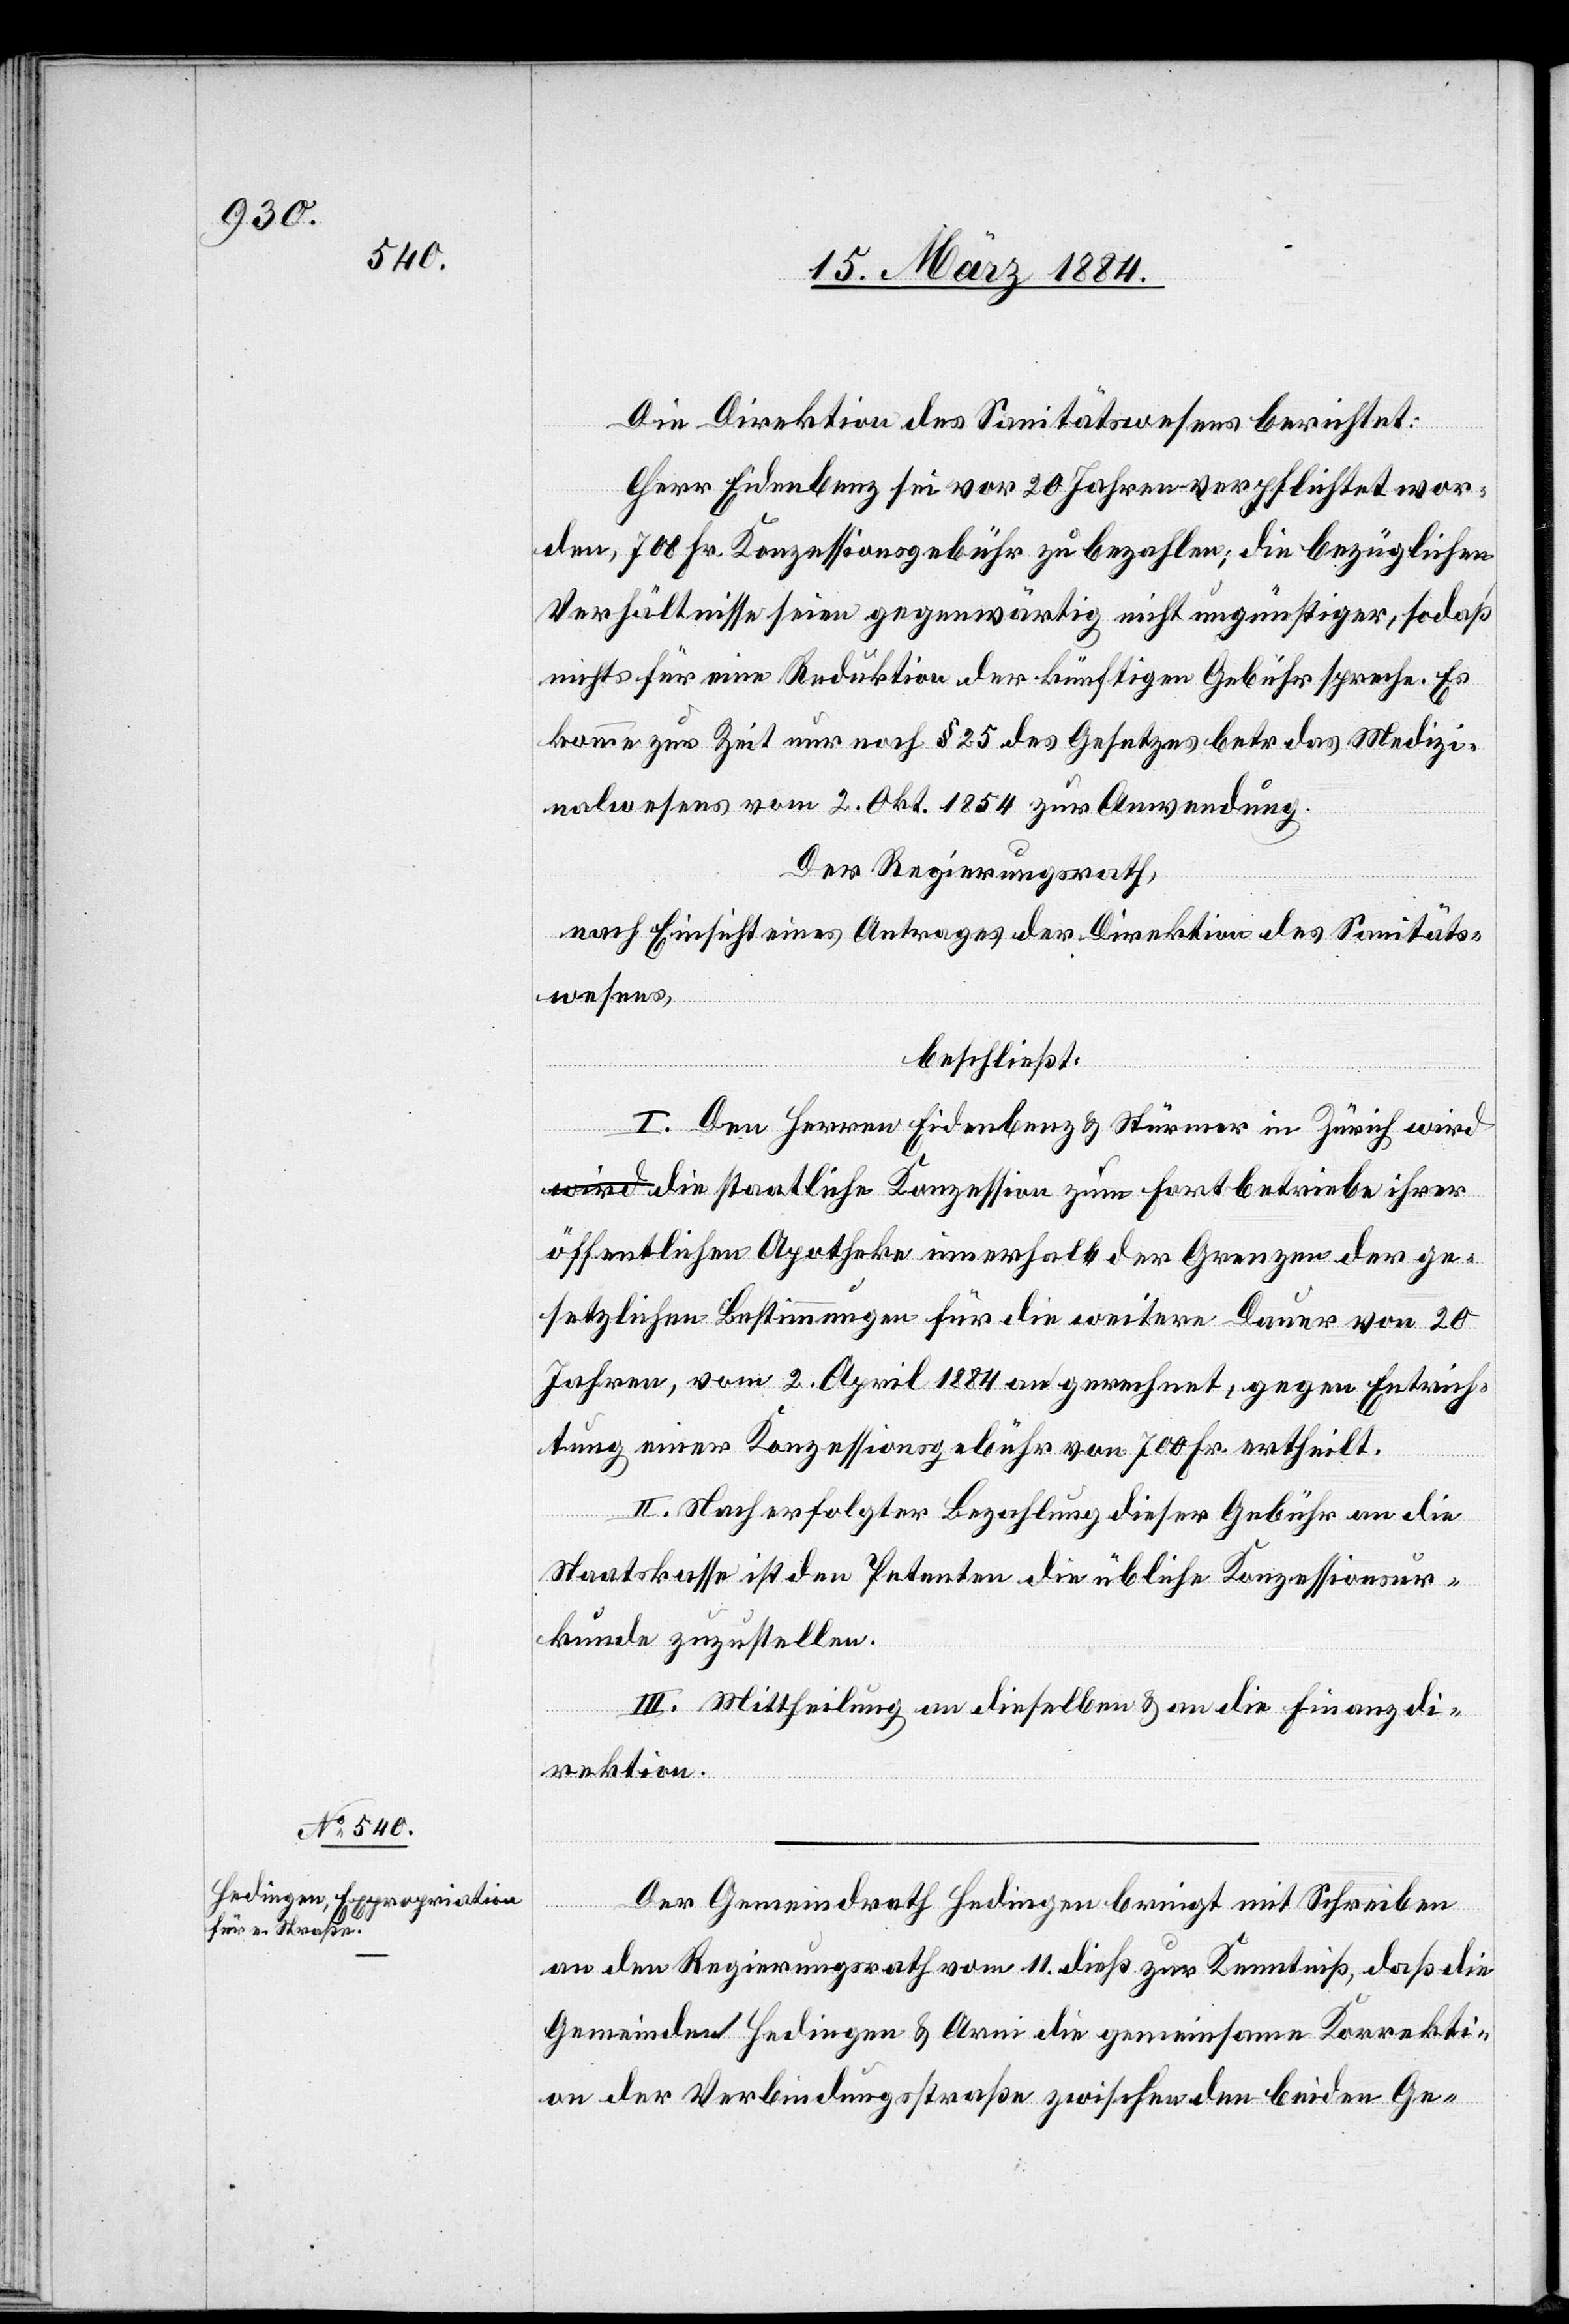
Die Direktion des Sanitätswesens berichtet:
Herr Eidenbenz sei vor 20 Jahren verpflichtet wor¬
den, 700 Fr. Konzessionsgebühr zu bezahlen; die bezüglichen
Verhältnisse seien gegenwärtig nicht ungünstiger, sodaß
nichts für eine Reduktion der künftigen Gebühr spreche. Es
komme zur Zeit nur noch § 25 des Gesetzes betr. das Medizi¬
nalwesen vom 2. Okt. 1864 zur Anwendung.
Der Regierungsrath,
nach Einsicht eines Antrages der Direktion des Sanitäts¬
wesens,
beschließt:
I. Den Herren Eidenbenz & Stürmer in Zürich wird
die staatliche Konzession zum Fortbetriebe ihrer
öffentlichen Apotheke innerhalb der Grenzen der ge¬
setzlichen Bestimmungen für die weitere Dauer von 20
Jahren, vom 2. April 1994 an gerechnet, gegen Entrich¬
tung einer Konzessionsgebühr von 700 Fr. ertheilt.
II. Nach erfolgter Bezahlung dieser Gebühr an die
Staatskasse ist den Petenten die übliche Konzessionsur¬
kunde zuzustellen.
III. Mittheilung an dieselben & an die Finanzdi¬
rektion.
Der Gemeindrath Hedingen bringt mit Schreiben
an den Regierungsrath vom 11. dieß zur Kenntniß, daß die
Gemeinden Hedingen & Arni die gemeinsame Korrekti¬
on der Verbindungsstraße zwischen den beiden Ge-